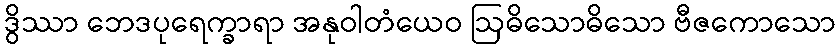
ဒွိဿာ ဘေဒပုရေက္ခာရာ အနုဝါတံယေဝ ဩဓိသောဓိသော ဗီဇကောသော